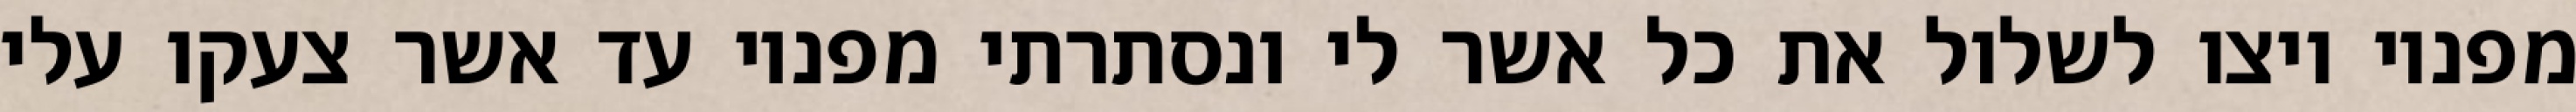
מפניו ויצו לשלול את כל אשר לי ונסתרתי מפניו עד אשר צעקו עלי